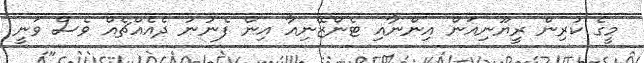
މީގެ ކުރިން ރީޔޫނިއަން އިންނާއި ޓެންޒޭނިއާ އިން ފެނުނު ދެއެއްޗެއް ވެސް ވަނީ